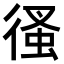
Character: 𢔳